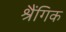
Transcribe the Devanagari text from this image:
श्रैंगिक